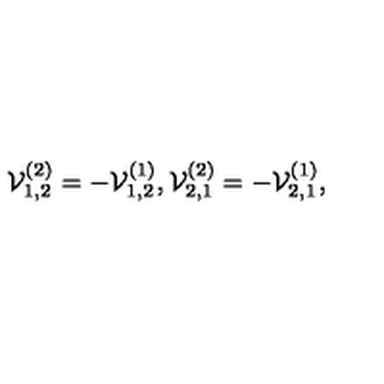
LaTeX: { \cal V } _ { 1 , 2 } ^ { ( 2 ) } = - { \cal V } _ { 1 , 2 } ^ { ( 1 ) } , { \cal V } _ { 2 , 1 } ^ { ( 2 ) } = - { \cal V } _ { 2 , 1 } ^ { ( 1 ) } ,